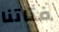
فتاتنا